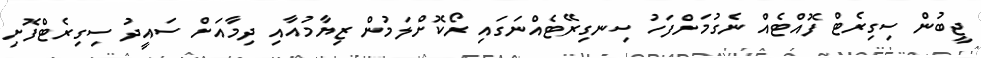
ޖީބުން ސިގިރެޓް ފޮއްޓެއް ނެގުމަށްފަހު ސިނގިރޭޓެއްނަގައި ރޯކޮށްލަމުން ޒިޔާމުއާއި ދިމާއަށް ސައީދު ސިގިރެޓްފޮށި